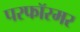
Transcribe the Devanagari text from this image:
परफॉरमर